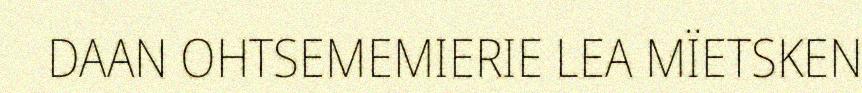
DAAN OHTSEMEMIERIE LEA MÏETSKEN